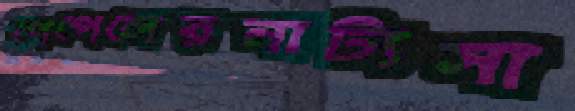
পেপেলেরনাট্যসা